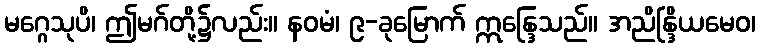
မဂ္ဂေသုပိ၊ ဤမဂ်တို့၌လည်း။ နဝမံ၊ ၉-ခုမြောက် ဣန္ဒြေသည်။ အညိန္ဒြိယမေဝ၊